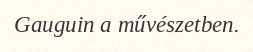
Gauguin a művészetben.